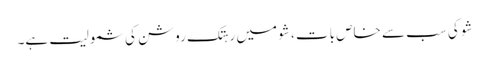
شو کی سب سے خاص بات ، شو میں رہتک روشن کی شمولیت ہے۔